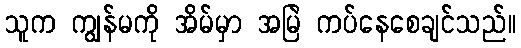
သူက ကျွန်မကို အိမ်မှာ အမြဲ ကပ်နေစေချင်သည်။